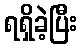
ရရှိခဲ့ပြီး